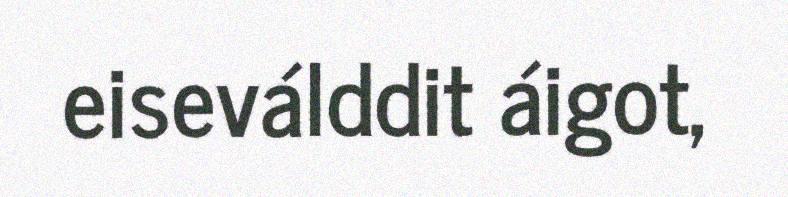
eiseválddit áigot,